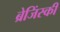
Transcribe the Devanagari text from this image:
ब्रेजिंस्की